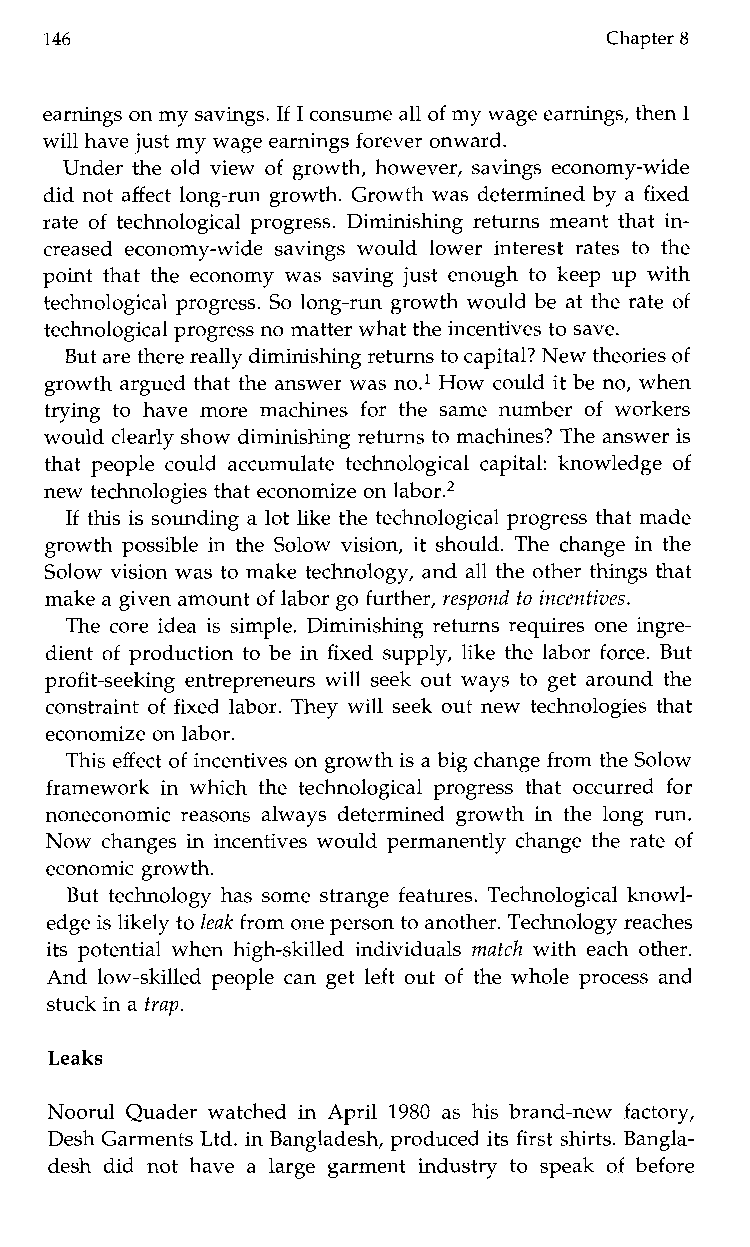
146                                  Chapter 8
 earnings on my savings. If I consume all of my wage earnings, then I
 will have just my wage earnings forever onward.
 Under the old view of growth, however, savings economy-wide
 did not affect long-run growth. Growth was determined by a fixed
 rate of technological progress. Diminishing returns meant that in-
 creased economy-wide savings wouldl ower interest rates to the
 point that the economy was saving just enough to keep up with
 technological progress. So long-run growth would be at the rate of
 technological progress no matter what the incentives to save.
 But are there really diminishing returns to capital? New theories of
 growth argued that the answer was n0.l How could it be no, when
 trying toh avem orem achines for the samen umber of workers
 would clearly show diminishing returns to machines? The answeri s
 that people could accumulate technological capital: knowledge of
 new technologies that economize on labor.2
 If this is sounding a lot like the technological progress that made
 growth possible in the Solow vision, it should. The change in the
 Solow vision was to make technology, and all the other things that
 make a given amount of labor go further, respond to incentives.
 The core idea is simple. Diminishing returns requires one ingre-
 dient of production to be in fixed supply, like the labor force. But
 profit-seeking entrepreneurs will seek out ways to get around the
 constraint of fixed labor. They will seek out new technologies that
 economize on labor.
 This effect of incentives on growth is a big change from the Solow
 framework in which the technological progress that occurred for
 noneconomic reasons always determined growth in the long run.
 Now changes in incentives would permanently change the rate of
 economic growth.
 But technology has some strange features. Technological knowl-
 edge is likely to leak from one persont o another. Technology reaches
 its potential when high-skilled individuals match with each other.
 And low-skilled people can get left out of the whole process and
 stuck in a trap.
 Leaks
 Noorul Quader watched in April 1980 as his brand-new factory,
 Desh Garments Ltd. in Bangladesh, produced its first shirts. Bangla-
 deshd idn oth avea large garmenti ndustryt os peak of before